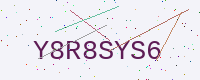
Text: Y8R8SYS6